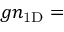
g n _ { \mathrm { 1 D } } =